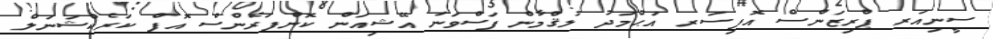
ސީނިއަރ ޕްރިޒަންސް އޮފިސަރ އަޙްމަދު ލުޤްމާން ފަސްވަނަ އޭޝިއަން ކޮންފަރެންސް އޮފް ކަރެކްޝަނަލް